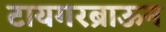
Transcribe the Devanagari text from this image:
टायगरब्राऊन